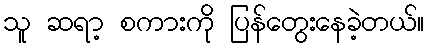
သူ ဆရာ့ စကားကို ပြန်တွေးနေခဲ့တယ်။